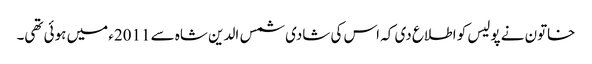
خاتون نے پولیس کو اطلاع دی کہ اس کی شادی شمس الدین شاہ سے 2011ء میں ہوئی تھی۔